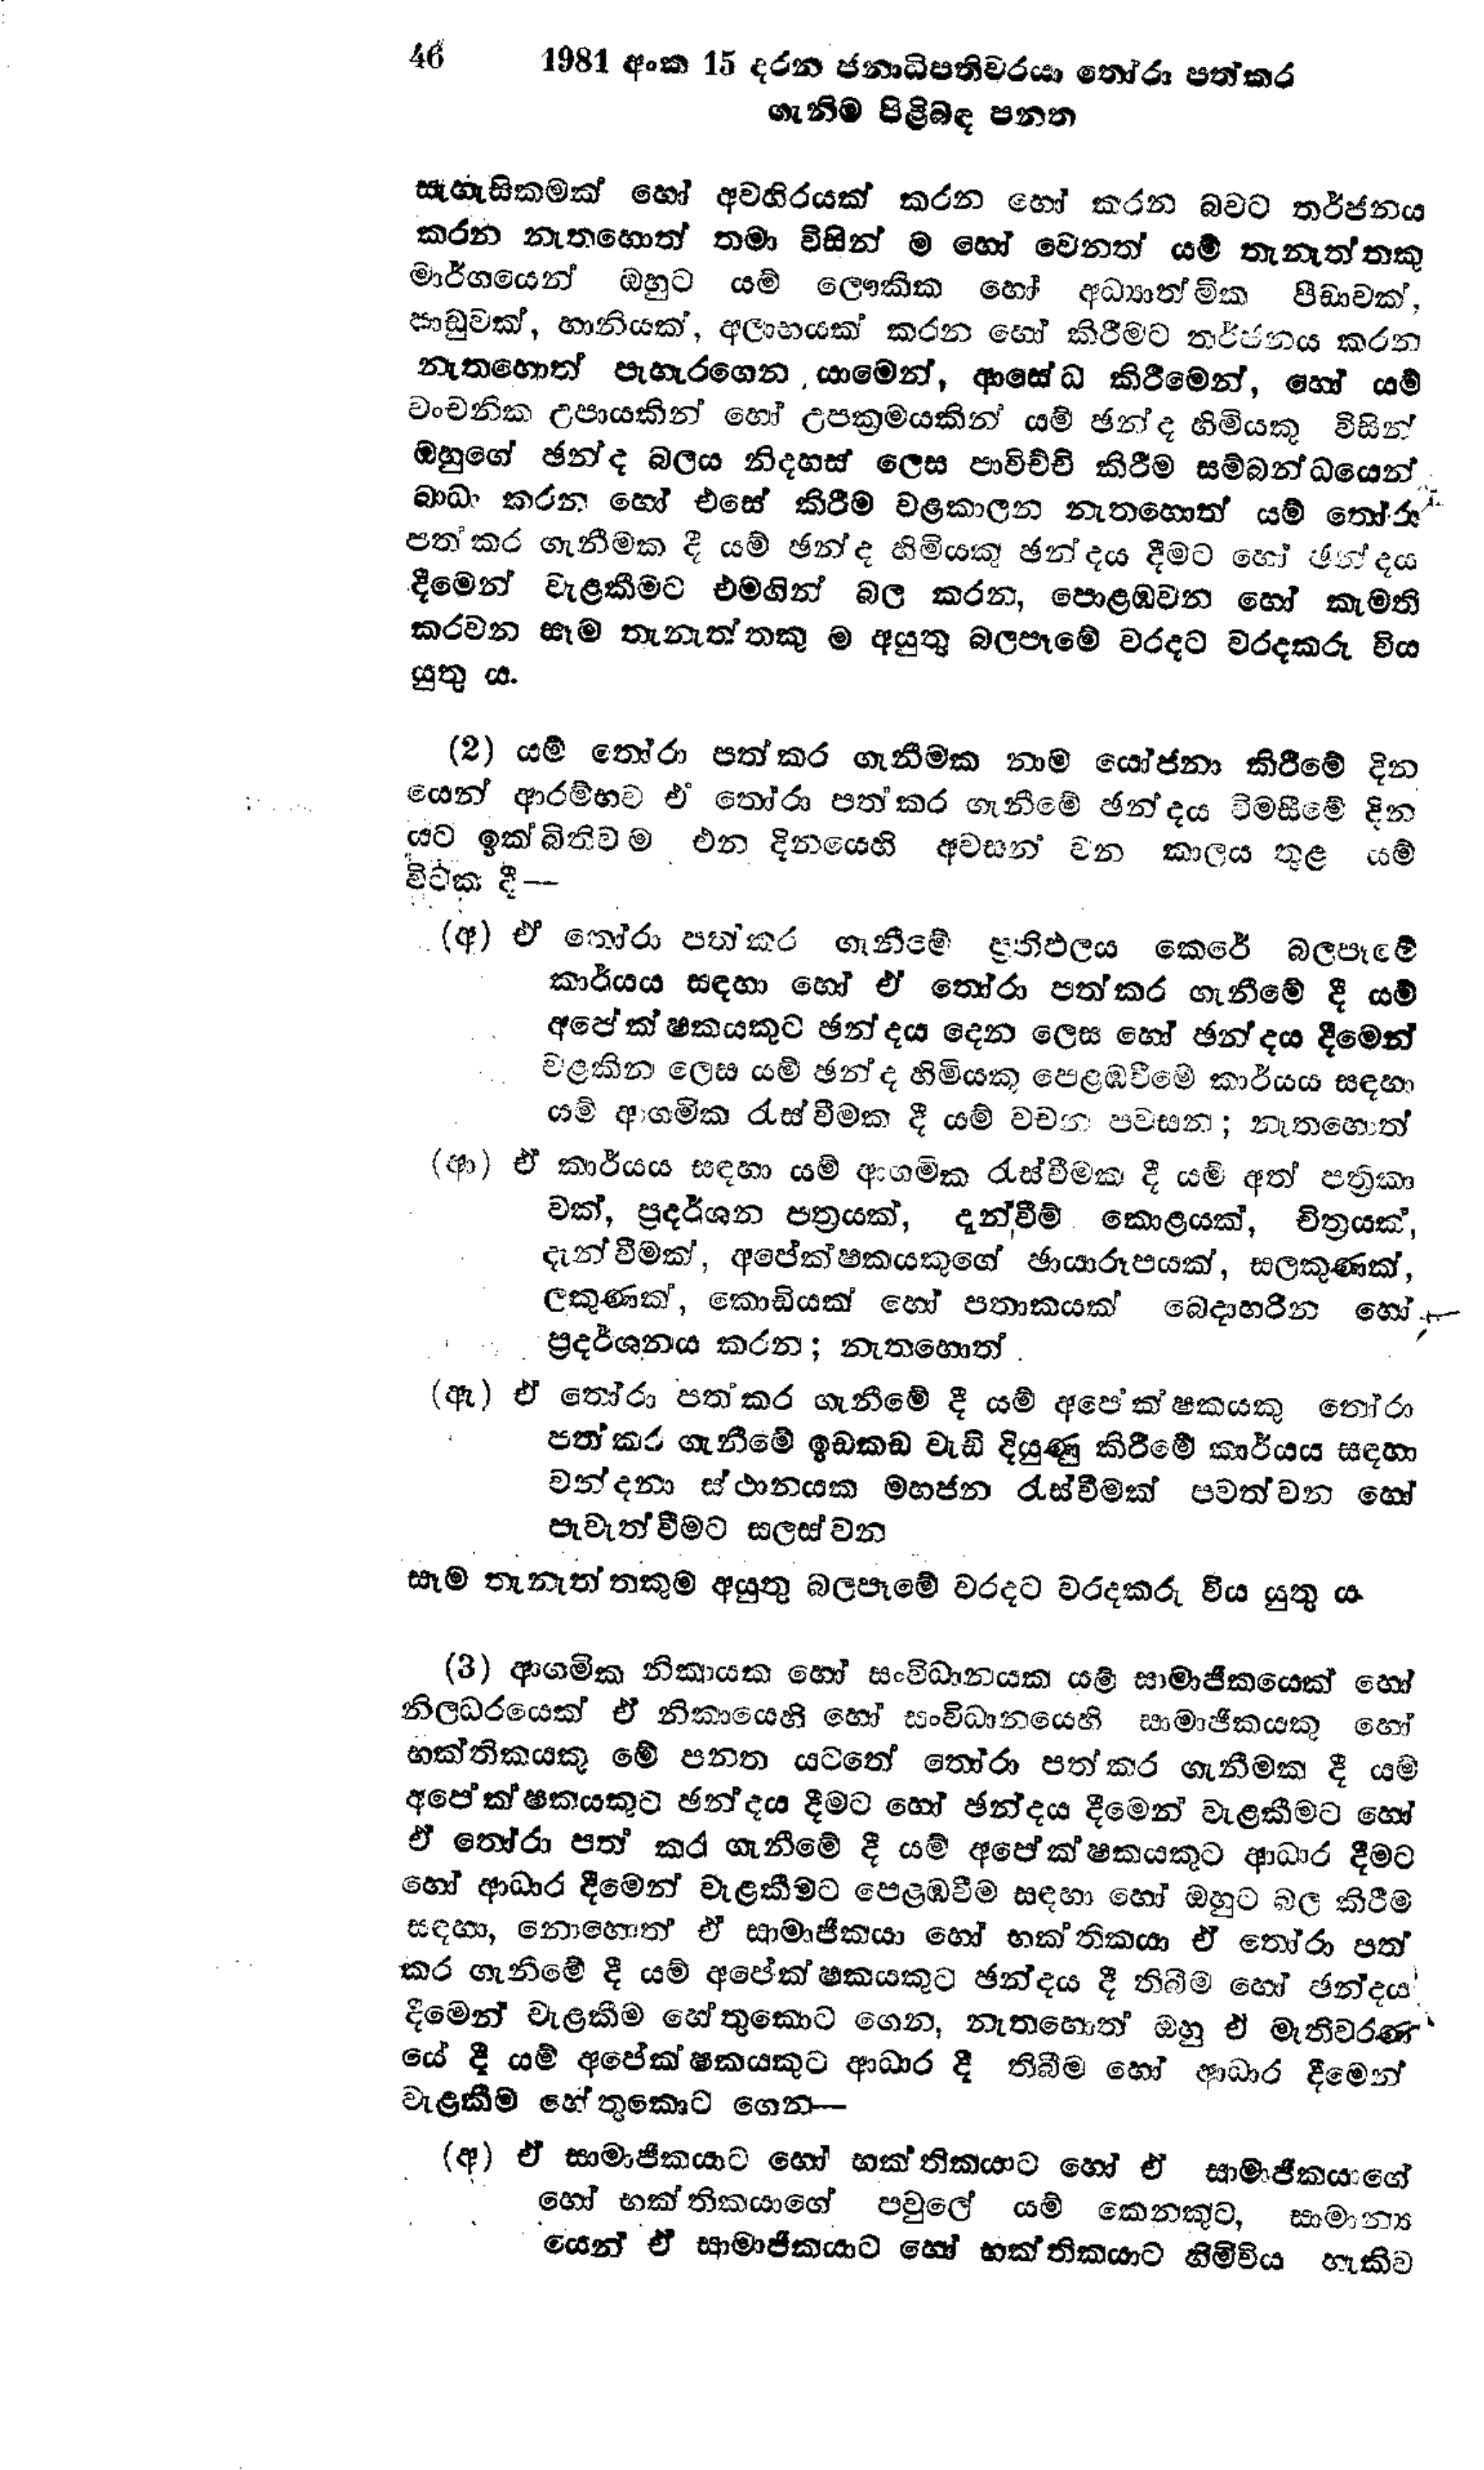
46	1981 අංක 15 දරන ජනාධිපතිවරයා තෝරා පත් කර
ගැනීම පිළිබඳ පනත

සැහැසිකමක් හෝ අවහිරයක් කරන හෝ කරන බවට තර්ජනය
කරන නැතහොත් තමා විසින් ම හෝ වෙනත් යම් තැනැත්තකු
මාර්ගයෙන් ඔහුට යම් ලෞකික හෝ අධ්‍යාත්මික පීඩාවක්,
පාඩුවක්, හානියක්, අලාභයක් කරන හෝ කිරීමට තර්ජනය කරන
නැතහොත් පැහැරගෙන යාමෙන්, ආසේ ධ කිරීමෙන්, හෝ යම්
වංචනික උපායකින් හෝ උපක්‍රමයකින් යම් ඡන්ද හිමියකු විසින්
ඔහුගේ ඡන්ද බලය නිදහස් ලෙස පාවිච්චි කිරීම සම්බන්ධයෙන්
බාධා කරන හෝ එසේ කිරීම වළකාලන නැතහොත් යම් තෝරා
පත් කර ගැනීමක දී යම් ඡන්ද හිමියකු ඡන්දය දීමට හෝ ඡන්දය
දීමෙන් වැළකීමට එමගින් බල කරන, පොළඹවන හෝ කැමති
කරවන සෑම තැනැත්තකු ම අයුතු බලපෑමේ වරදට වරදකරු විය
යුතු ය.

(2) යම් තෝරා පත් කර ගැනීමක නාම යෝජනා කිරීමේ දින
යෙන් ආරම්භව එ තෝරා පත් කර ගැනීමේ ඡන්දය විමසීමේ දින
යට ඉක්බිතිව ම එන දිනයෙහි අවසන් වන කාලය තුළ යම්
විටක දී -

(අ) ඒ තෝරා පත් කර ගැනීමේ ප්‍රතිඵලය කෙරේ බලපෑමේ
කාර්යය සඳහා හෝ ඒ තෝරා පත් කර ගැනීමේ දී යම්
අපේක්ෂකයකුට ඡන්දය දෙන ලෙස හෝ ඡන්දය දීමෙන්
වළකින ලෙස යම් ඡන්ද හිමියකු පෙළඹවීමේ කාර්යය සඳහා
යම් ආගමික රැස්වීමක දී යම් වචන පවසන; නැතහොත්

(ආ) ඒ කාර්යය සඳහා යම් ආගමික රැස්වීමක දී යම් අත් පත්‍රිකා
වක්, ප්‍රදර්ශන පත්‍රයක්, දැන්වීම් කොළයක්, චිත්‍රයක්,
දැන්වීමක්, අපේක්ෂකයකුගේ ඡායාරූපයක්, සලකුණක්,
ලකුණක්, කොඩියක් හෝ පතාකයක් බෙදාහරින හෝ
ප්‍රදර්ශනය කරන; නැතහොත්

(ඇ) ඒ තෝරා පත් කර ගැනීමේ දී යම් අපේක්ෂකයකු තෝරා
පත් කර ගැනීමේ ඉඩකඩ වැඩි දියුණු කිරීමේ කාර්යය සඳහා
වන්දනා ස්ථානයක මහජන රැස්වීමක් පවත්වන හෝ
පැවැත්වීමට සලස්වන

සෑම තැනැත්තකුම අයුතු බලපෑමේ වරදට වරදකරු විය යුතු ය.

(3) ආගමික නිකායක හෝ සංවිධානයක යම් සාමාජිකයෙක් හෝ
නිලධරයෙක් ඒ නිකායෙහි හෝ සංවිධානයෙහි සාමාජිකයකු හෝ
භක්තිකයකු මේ පනත යටතේ තෝරා පත් කර ගැනීමක දී යම්
අපේක්ෂකයකුට ඡන්දය දීමට හෝ ඡන්දය දීමෙන් වැළකීමට හෝ
ඒ තෝරා පත් කර ගැනීමේ දී යම් අපේක්ෂකයකුට ආධාර දීමට
හෝ ආධාර දීමෙන් වැළකීමට පෙළඹවීම සඳහා හෝ ඔහුට බල කිරීම
සඳහා, නොහොත් ඒ සාමාජිකයා හෝ භක්තිකයා ඒ තෝරා පත්
කර ගැනීමේ දී යම් අපේක්ෂකයකුට ඡන්දය දී තිබීම හෝ ඡන්දය
දීමෙන් වැළකීම හේතුකොට ගෙන, නැතහොත් ඔහු ඒ මැතිවරණ
යේ දී යම් අපේක්ෂකයකුට ආධාර දී තිබීම හෝ ආධාර දීමෙන්
වැළකීම හේතුකොට ගෙන -

(අ) ඒ සාමාජිකයාට හෝ භක්තිකයාට හෝ ඒ සාමාජිකයාගේ
හෝ භක්තිකයාගේ පවුලේ යම් කෙනෙකුට, සාමාන්‍ය
යෙන් ඒ සාමාජිකයාට හෝ භක්තිකයාට හිමි විය හැකිව